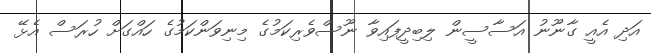
އަދި އެއީ ގާނޫނު އަސާސީން ލިބިދީފައިވާ ނޫސްވެރިކަމުގެ މިނިވަންކަމުގެ ހައްގަށް ހުރަސް އެޅޭ